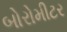
બોરોમીટર